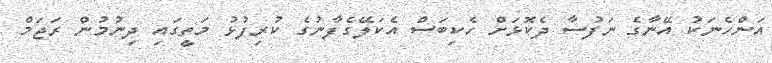
އަންހެނަކު އޭނާގެ ނަފުސާ ދެކޮޅަށް ހެކިބަސް އެކަލޭގެފާނުގެ ކުރިފުޅު މަތީގައި ދިނުމުން ރަޖަމް